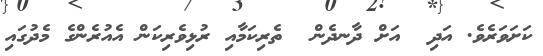
ކަށަވަރެވެ. އަދި  އަށް ދާނދެން  ތެރިކަމާއި ރުޅިވެރިކަން އެއުރެންގެ މެދުގައި